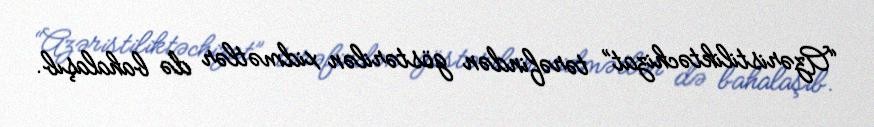
“Azəristiliktəchizat” tərəfindən göstərilən xidmətlər də bahalaşıb.